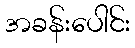
အခန်းပေါင်း